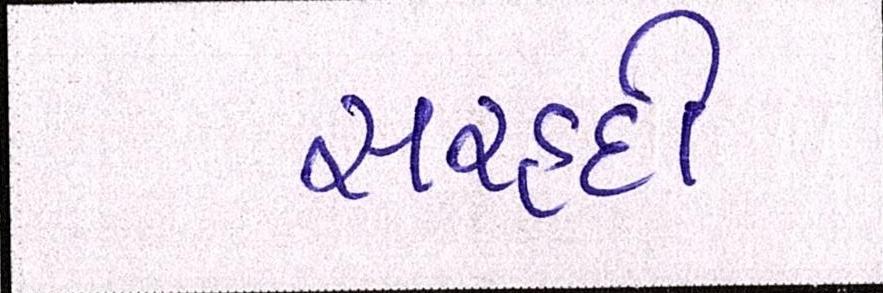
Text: સરહદી